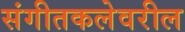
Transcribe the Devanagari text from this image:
संगीतकलेवरील